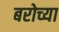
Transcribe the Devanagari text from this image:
बरोच्या